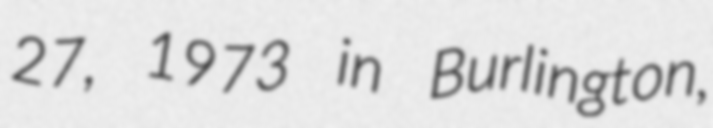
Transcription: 27, 1973 in Burlington,